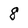
Character: 8